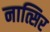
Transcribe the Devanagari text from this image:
नात्सिर